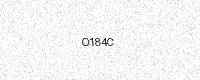
Text: O184C